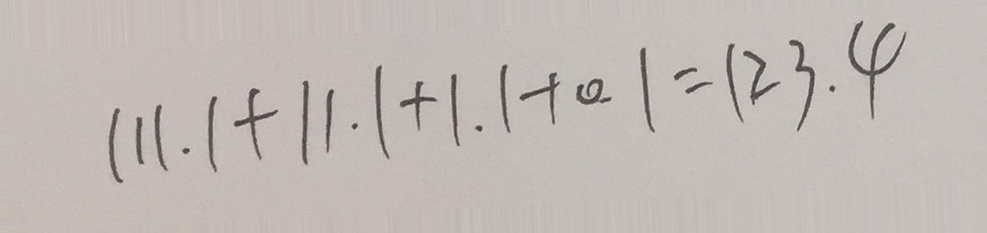
1 1 1 . 1 + 1 1 . 1 + 1 . 1 + 0 . 1 = 1 2 3 . 4